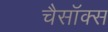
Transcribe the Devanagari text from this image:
चैसॉक्स